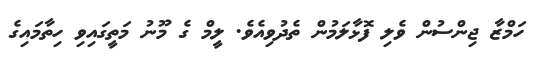
ހަމްޒާ ޖިންސުން ވެލި ފޮޅާލަމުން ތެދުވިއެވެ. ލީމް ގެ މޫނު މަތީގައިވި ހިތާމައިގެ